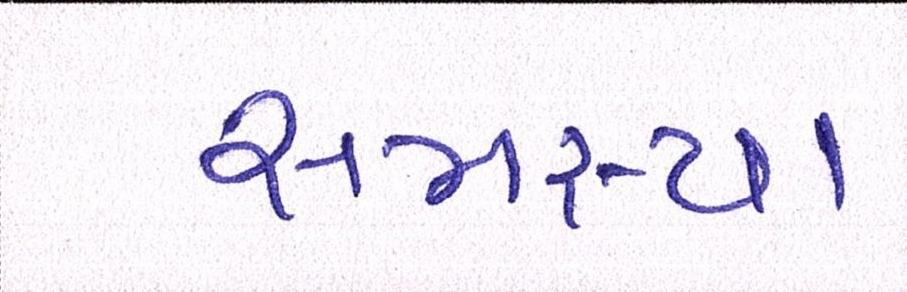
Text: સમસ્યા